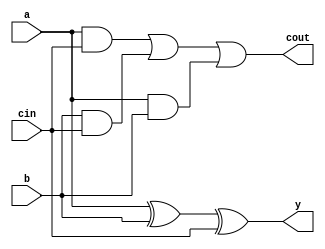
module FA (a, b, cin, y, cout);
input a, b, cin; //input
output y, cout; //output
wire xor1, and1, and2, and3; 

// y = a^b^cin
xor(xor1, a, b); 
xor(y, xor1, cin); 

// cout = AB+ACin+BCin
and(and1, a, cin);
and(and2, b, cin);
and(and3, a, b);
or(cout, and1, and2, and3);

endmodule